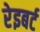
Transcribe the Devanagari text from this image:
रेइबर्ट